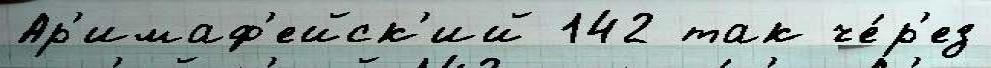
Ар'имаф'ейск'ий 142 так че́р'ез